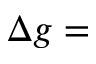
\Delta g =